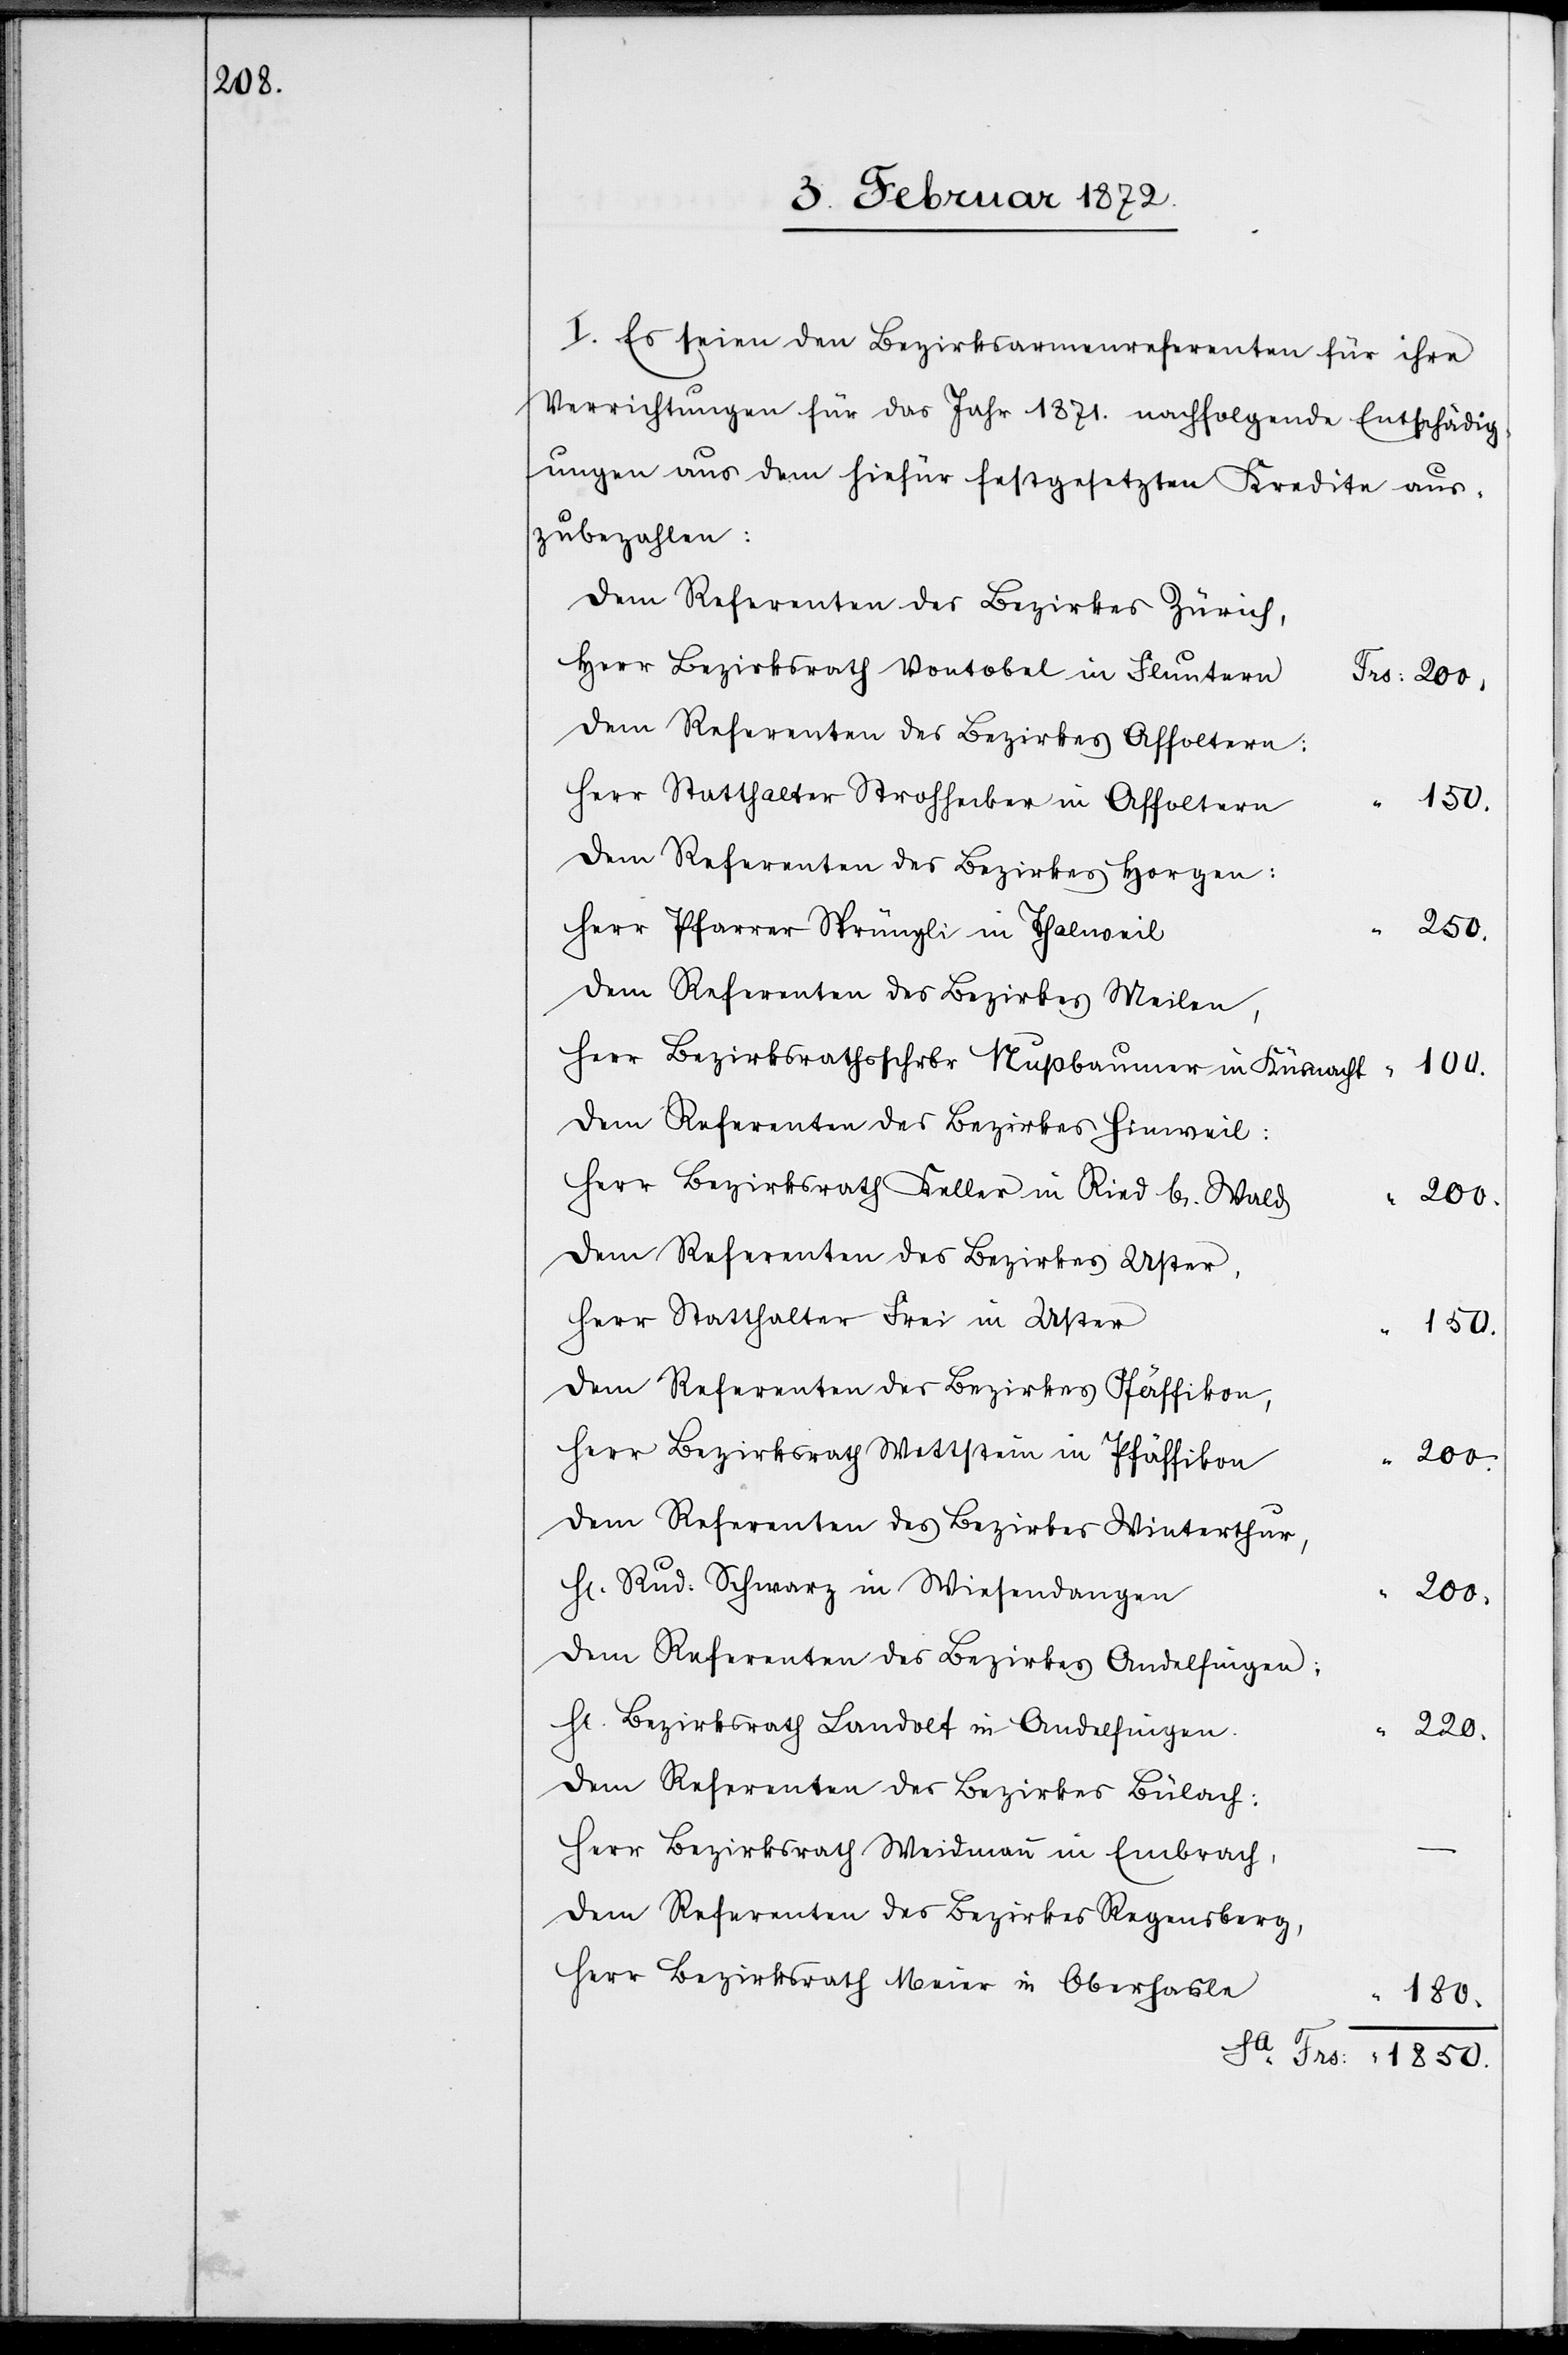
I. Es seien den Bezirksarmenreferenten für ihre
Verrichtungen für das Jahr 1871. nachfolgende Entschädig¬
ungen aus dem hiefür festgesetzten Kredite aus¬
zubezahlen:
Dem Referenten des Bezirkes Zürich,
Herr Bezirksrath Vontobel in Fluntern
Dem Referenten des Bezirkes Affoltern:
Herr Statthalter Strohhecker in Affoltern
Dem Referenten des Bezirkes Horgen:
250.
Herr Pfarrer Sprüngli in Thalweil
Dem Referenten des Bezirkes Weilen,
Herr Bezirksrathsschrbr Nußbaumer in Küsnacht
Dem Referenten des Bezirkes Hinweil:
Herr Bezirksrath Keller in Ried b. Wald
200.
Dem Referenten des Bezirkes Uster,
Herr Statthalter Frei in Uster
150.
Dem Referenten des Bezirkes Pfäffikon,
Herr Bezirksrath Wettstein in Pfäffikon
200.
Dem Referenten des Bezirkes Winterthur,
Hr. Rud. Schwarz in Wiesendangen
200.
Dem Referenten des Bezirkes Andelfingen;
Hr. Bezirksrath Landolt in Andelfingen
220.
Dem Referenten des Bezirkes Bülach:
Herr Bezirksrath Weidmann in Embrach,
Dem Referenten des Bezirkes Regensberg,
Herr Bezirksrath Meier in Oberhasle
1850.